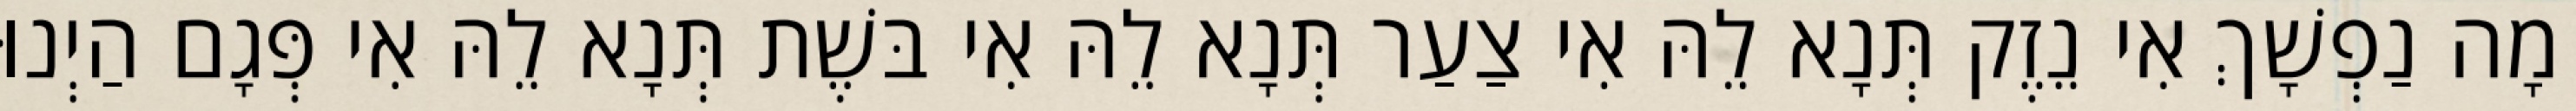
מָה נַפְשָׁךְ אִי נֵזֶק תְּנָא לֵהּ אִי צַעַר תְּנָא לֵהּ אִי בּשֶׁת תְּנָא לֵהּ אִי פְּגָם הַיְנוּ